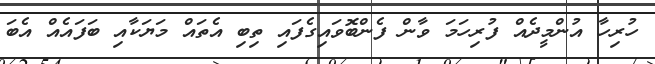
ހުރިހާ އުންމީދެއް ފުރިހަމަ ވާން ފެންބޮވައިގެފައި ތިބި އެތައް މަޔަކާއި ބަފައެއް އެބަ